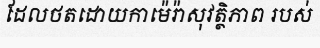
ដែលថតដោយកាម៉េរ៉ាសុវត្ថិភាព របស់